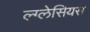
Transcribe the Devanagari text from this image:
ल्ग्लेसियस